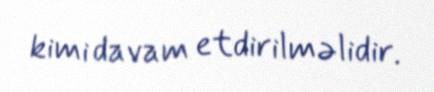
kimi davam etdirilməlidir.